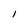
Character: 1